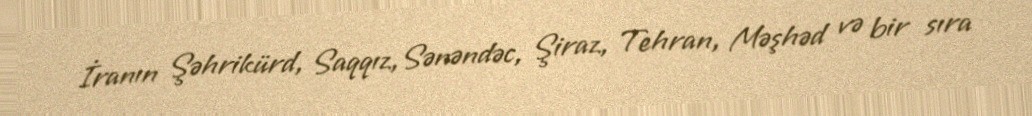
İranın Şəhrikürd, Saqqız,Sənəndəc, Şiraz, Tehran, Məşhəd və bir sıra